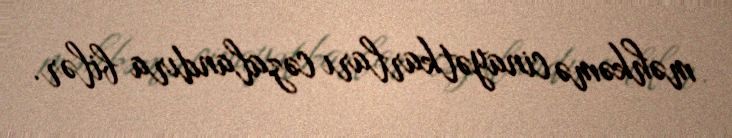
məhkəmə cinayətkarları cəzalandıra bilər.